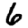
Digit: 6